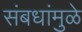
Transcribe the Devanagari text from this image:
संबधांमुळे